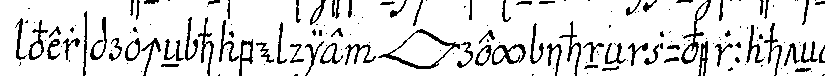
versprocheN habe die *lip* rey ihneN zuverrahteN